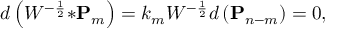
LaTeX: d \left( W ^ { - \frac { 1 } { 2 } } { \ast { \bf P } _ { m } } \right) = k _ { m } W ^ { - \frac { 1 } { 2 } } d \left( { \bf P } _ { n - m } \right) = 0 ,